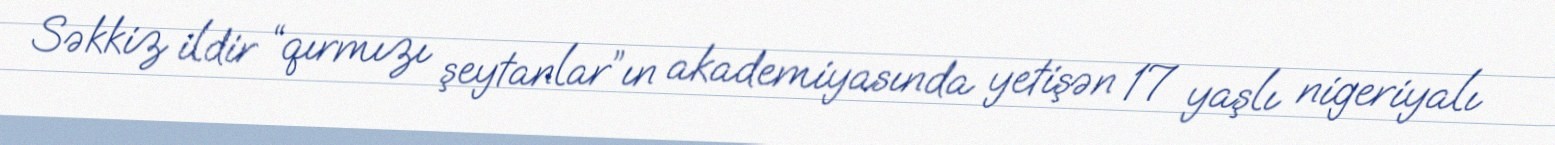
Səkkiz ildir “qırmızı şeytanlar”ın akademiyasında yetişən 17 yaşlı nigeriyalı